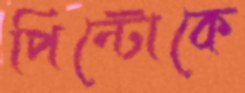
পিন্টোকে